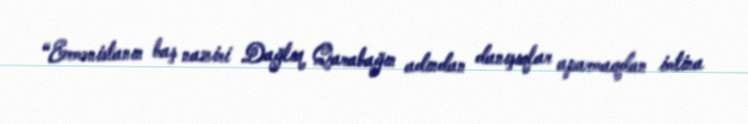
“Ermənistanın baş naziri Dağlıq Qarabağın adından danışıqlar aparmaqdan imtina